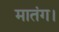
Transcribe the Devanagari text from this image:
मातंग।